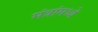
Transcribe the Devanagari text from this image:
मंत्रांमध्ये